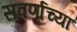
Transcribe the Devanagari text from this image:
सवर्णाच्या